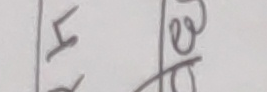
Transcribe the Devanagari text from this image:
यस